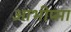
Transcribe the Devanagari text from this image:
आभीप्सा